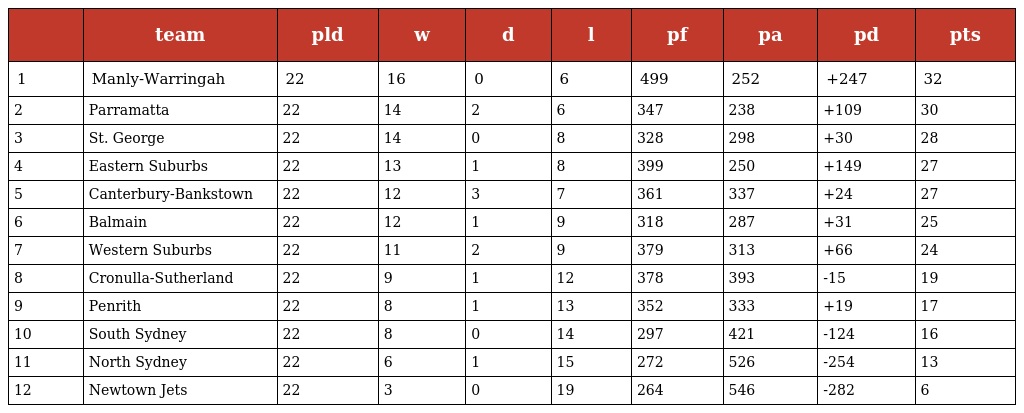
|  | team | pld | w | d | l | pf | pa | pd | pts |
 | --- | --- | --- | --- | --- | --- | --- | --- | --- | --- |
 | 1 | Manly-Warringah | 22 | 16 | 0 | 6 | 499 | 252 | +247 | 32 |
 | 2 | Parramatta | 22 | 14 | 2 | 6 | 347 | 238 | +109 | 30 |
 | 3 | St. George | 22 | 14 | 0 | 8 | 328 | 298 | +30 | 28 |
 | 4 | Eastern Suburbs | 22 | 13 | 1 | 8 | 399 | 250 | +149 | 27 |
 | 5 | Canterbury-Bankstown | 22 | 12 | 3 | 7 | 361 | 337 | +24 | 27 |
 | 6 | Balmain | 22 | 12 | 1 | 9 | 318 | 287 | +31 | 25 |
 | 7 | Western Suburbs | 22 | 11 | 2 | 9 | 379 | 313 | +66 | 24 |
 | 8 | Cronulla-Sutherland | 22 | 9 | 1 | 12 | 378 | 393 | -15 | 19 |
 | 9 | Penrith | 22 | 8 | 1 | 13 | 352 | 333 | +19 | 17 |
 | 10 | South Sydney | 22 | 8 | 0 | 14 | 297 | 421 | -124 | 16 |
 | 11 | North Sydney | 22 | 6 | 1 | 15 | 272 | 526 | -254 | 13 |
 | 12 | Newtown Jets | 22 | 3 | 0 | 19 | 264 | 546 | -282 | 6 |